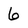
Character: 6